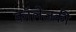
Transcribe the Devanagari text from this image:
कॉलेजकी